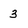
Character: 3